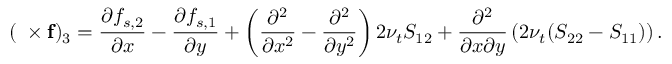
( \mathbf { \nabla \times f } ) _ { 3 } = \frac { \partial f _ { s , 2 } } { \partial x } - \frac { \partial f _ { s , 1 } } { \partial y } + \left( \frac { \partial ^ { 2 } } { \partial x ^ { 2 } } - \frac { \partial ^ { 2 } } { \partial y ^ { 2 } } \right) 2 \nu _ { t } S _ { 1 2 } + \frac { \partial ^ { 2 } } { \partial x \partial y } \left( 2 \nu _ { t } ( S _ { 2 2 } - S _ { 1 1 } ) \right) .